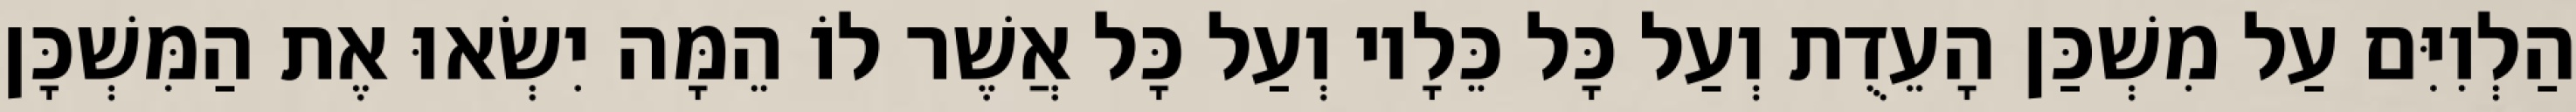
הַלְוִיִּם עַל מִשְׁכַּן הָעֵדֻת וְעַל כָּל כֵּלָיו וְעַל כָּל אֲשֶׁר לוֹ הֵמָּה יִשְׂאוּ אֶת הַמִּשְׁכָּן